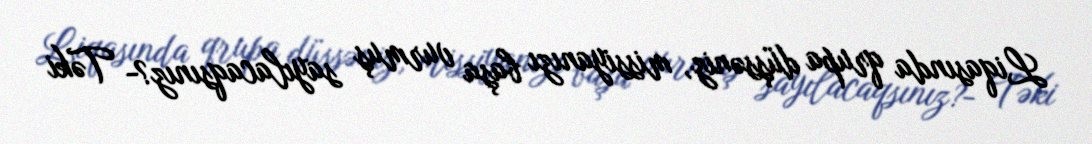
Liqasında qrupa düşsəniz, missiyanızı başa vurmuş sayılacaqsınız?- Təki